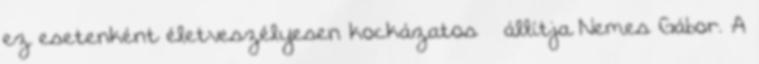
ez esetenként életveszélyesen kockázatos – állítja Nemes Gábor. A